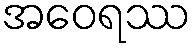
အဝေရဿ